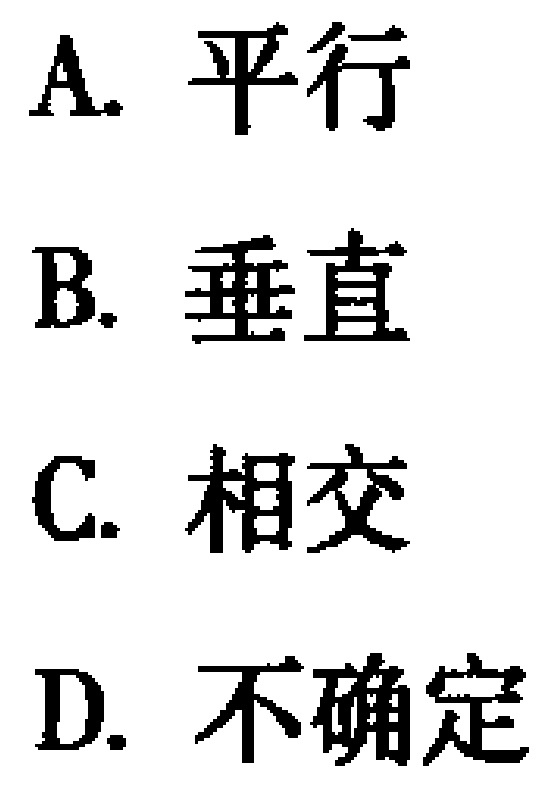
A. 平行
B. 垂直
C. 相交
D. 不确定